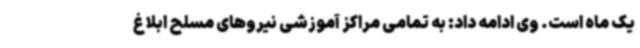
یک ماه است. وی ادامه داد: به تمامی مراکز آموزشی نیروهای مسلح ابلاغ